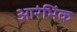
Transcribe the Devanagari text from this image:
आरंभिंक